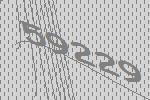
59229